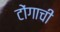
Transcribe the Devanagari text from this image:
टोंगाची